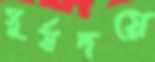
সূর্যদয়ে